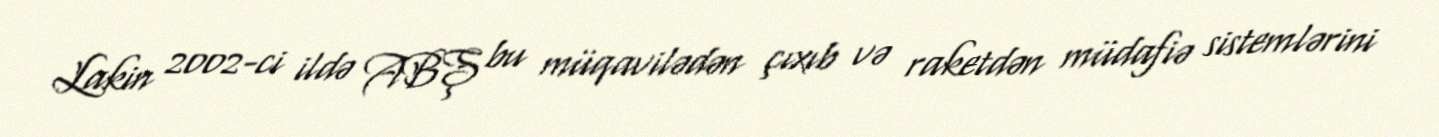
Lakin 2002-ci ildə ABŞ bu müqavilədən çıxıb və raketdən müdafiə sistemlərini